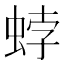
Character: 𧋢